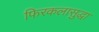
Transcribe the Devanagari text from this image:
फिरकलासुद्धा